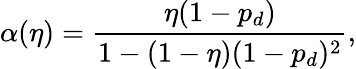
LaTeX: \alpha(\eta)=\frac{\eta(1-p_{d})}{1-(1-\eta)(1-p_{d})^{2}},